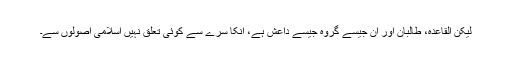
لیکن القاعدہ، طالبان اور ان جیسے گروہ جیسے داعش ہے، انکا سرے سے کوئی تعلق نہیں اسلامی اصولوں سے۔